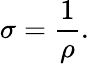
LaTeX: \sigma={\frac{1}{\rho}}.\,